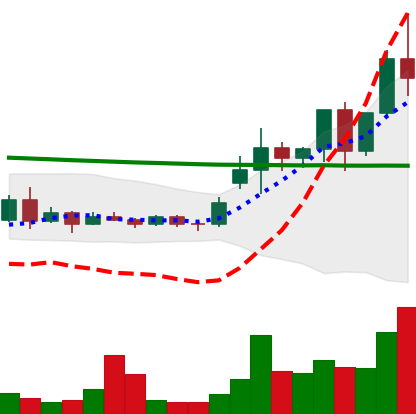
Ticker: ETC-USD
Chart end date: 2020-11-25
Forward return: -4.076%
Label: down_3_5